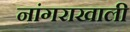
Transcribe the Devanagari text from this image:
नांगराखाली